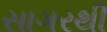
સાગરથી